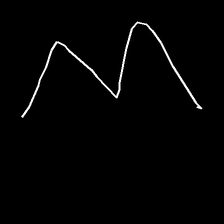
Glyph: crush